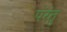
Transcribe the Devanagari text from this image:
पंरंतु